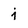
Character: j